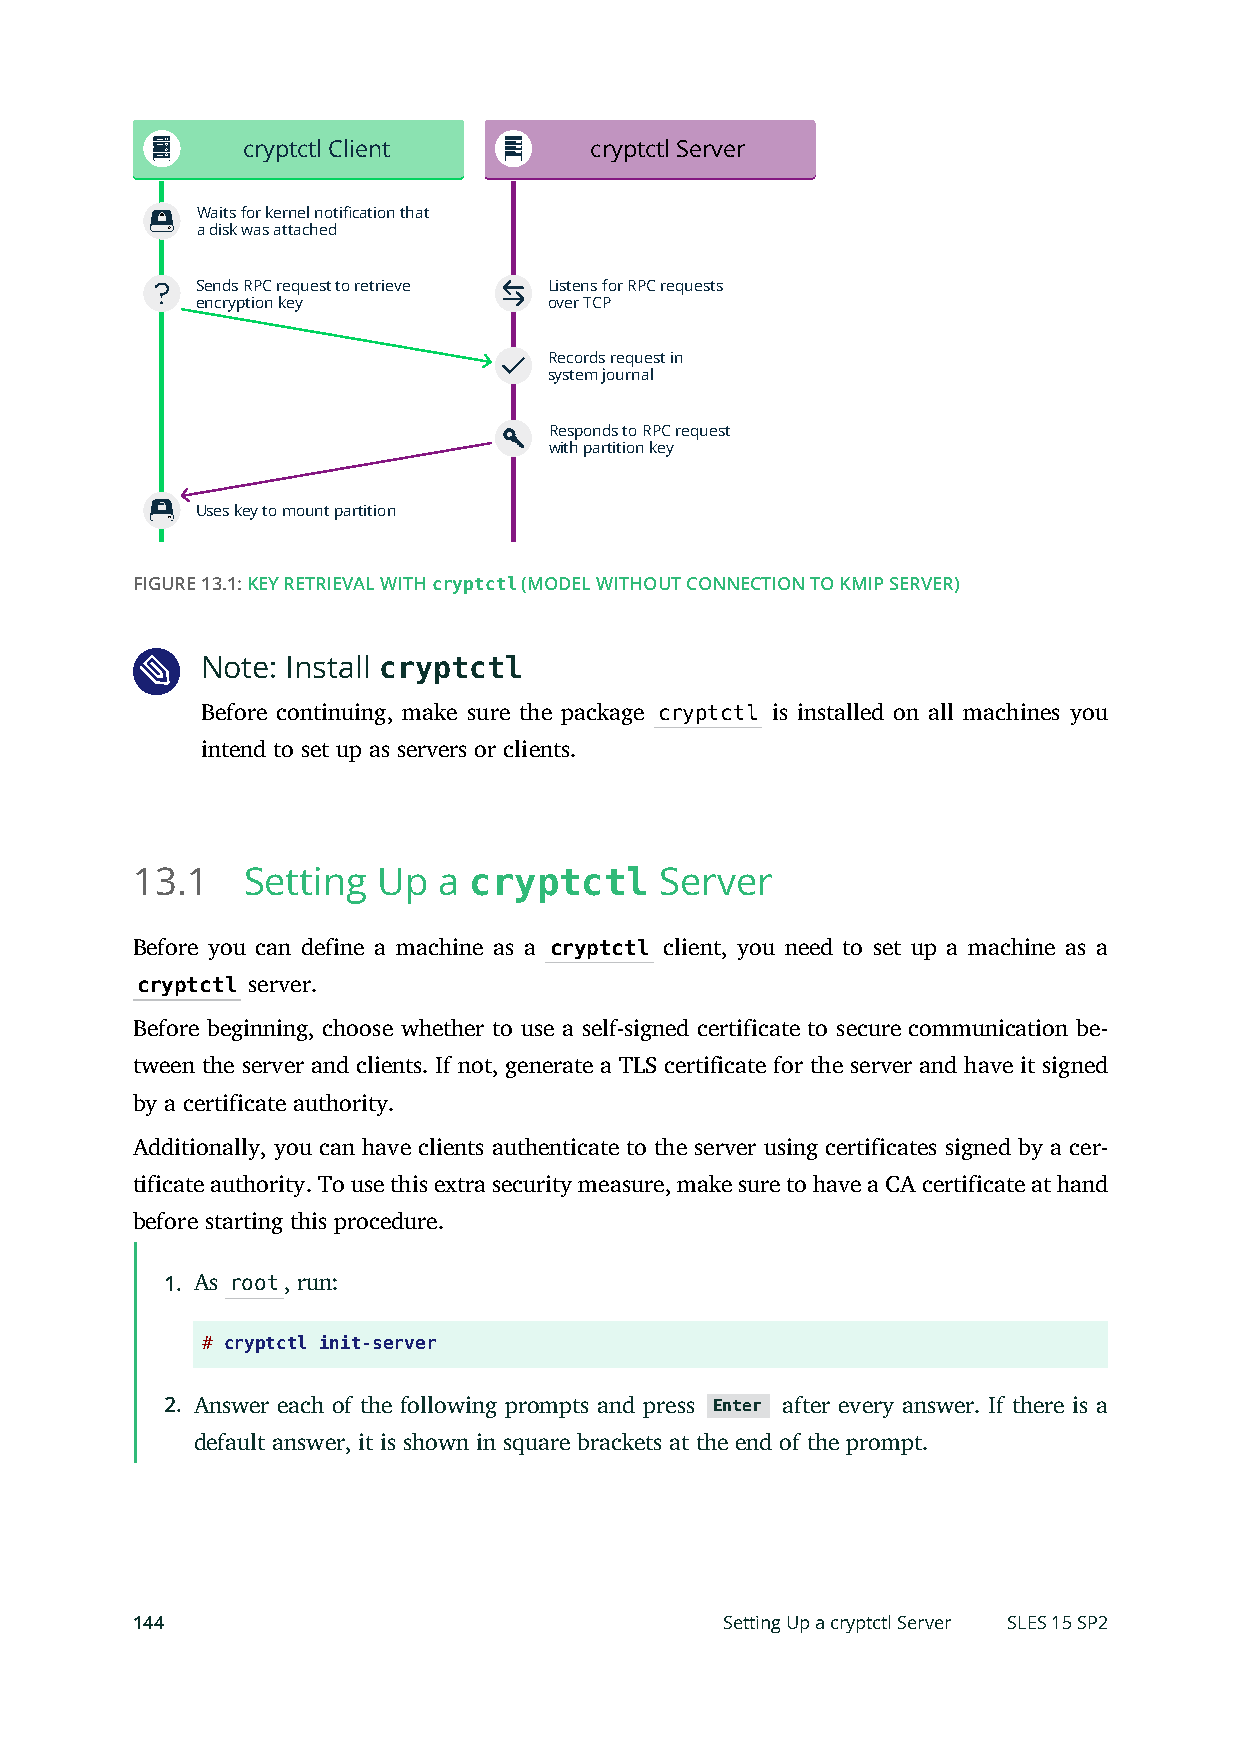
cryptctl Client        cryptctl Server
 Waits for kernel notification that
 a disk was attached
 Sends RPC request to retrieve Listens for RPC requests
 encryption key         over TCP
 Records request in
 system journal
 Responds to RPC request
 with partition key
 Uses key to mount partition
 FIGURE 13.1: KEY RETRIEVAL WITH cryptctl (MODEL WITHOUT CONNECTION TO KMIP SERVER)
 Note: Install cryptctl
 Before continuing, make sure the package cryptctl is installed on all machines you
 intend to set up as servers or clients.
 13.1   Setting  Up  a cryptctl     Server
 Before you can define a machine as a cryptctl client, you need to set up a machine as a
 cryptctl server.
 Before beginning, choose whether to use a self-signed certificate to secure communication be-
 tween the server and clients. If not, generate a TLS certificate for the server and have it signed
 by a certificate authority.
 Additionally, you can have clients authenticate to the server using certificates signed by a cer-
 tificate authority. To use this extra security measure, make sure to have a CA certificate at hand
 before starting this procedure.
 1. As root, run:
 # cryptctl init-server
 2. Answer each of the following prompts and press Enter after every answer. If there is a
 default answer, it is shown in square brackets at the end of the prompt.
 144                                    Setting Up a cryptctl Server SLES 15 SP2